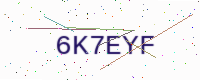
Text: 6K7EYF